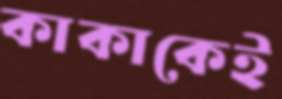
কাকাকেই